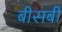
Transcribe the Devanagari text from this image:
बीसबीं